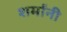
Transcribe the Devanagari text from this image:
शर्मांनी